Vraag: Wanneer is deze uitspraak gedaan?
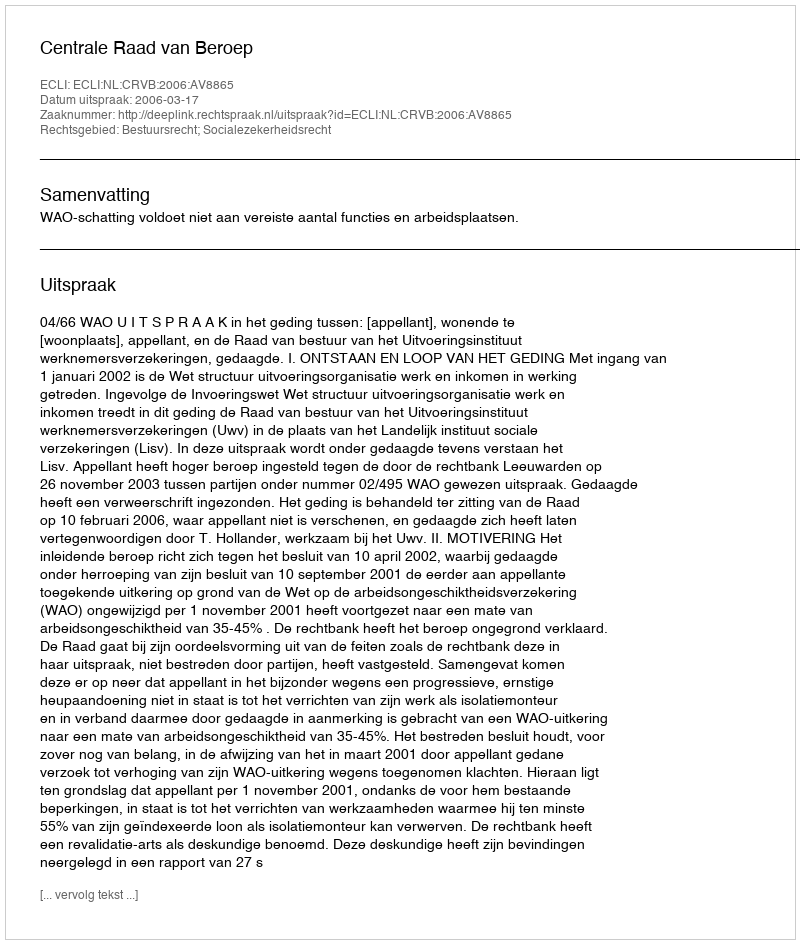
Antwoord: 2006-03-17